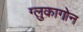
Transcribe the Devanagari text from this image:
ग्लुकागोन